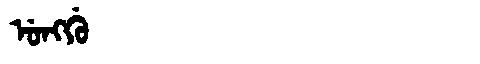
Manchu: ᡠᠩᡤᡠ
Romanization: UNGGU